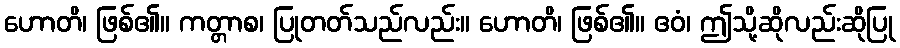
ဟောတိ၊ ဖြစ်၏။ ကတ္တာစ၊ ပြုတတ်သည်လည်း။ ဟောတိ၊ ဖြစ်၏။ ဧဝံ၊ ဤသို့ဆိုလည်းဆိုပြု